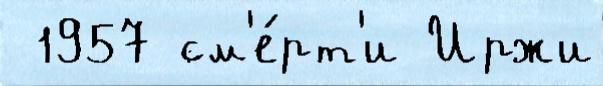
 1957 см'е́рт'и Иржи